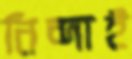
নিন্দাই